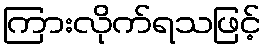
ကြားလိုက်ရသဖြင့်